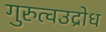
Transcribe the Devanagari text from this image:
गुरुत्वउद्रोध